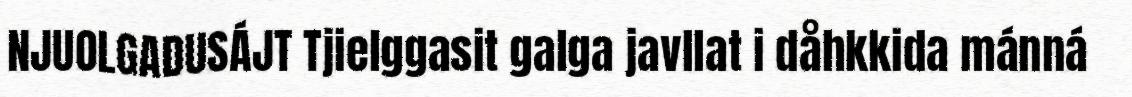
NJUOLGADUSÁJT Tjielggasit galga javllat i dåhkkida mánná